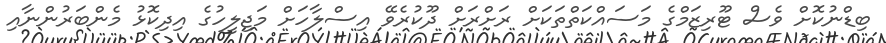
ބިޑްނުކޮށް ވެސް ޓޫރިޒަމްގެ މަސައްކަތްތަކަަށް ރަށްރަށް ދޫކުރެވޭ އިސްލާހަށް މަޖިލީހުގެ އިދިކޮޅު މެންބަރުންނާއި